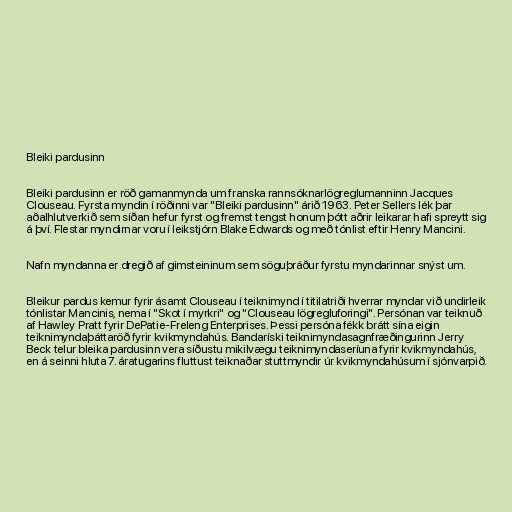
Bleiki pardusinn

Bleiki pardusinn er röð gamanmynda um franska rannsóknarlögreglumanninn Jacques
Clouseau. Fyrsta myndin í röðinni var "Bleiki pardusinn" árið 1963. Peter Sellers lék þar
aðalhlutverkið sem síðan hefur fyrst og fremst tengst honum þótt aðrir leikarar hafi spreytt sig
á því. Flestar myndirnar voru í leikstjórn Blake Edwards og með tónlist eftir Henry Mancini.

Nafn myndanna er dregið af gimsteininum sem söguþráður fyrstu myndarinnar snýst um.

Bleikur pardus kemur fyrir ásamt Clouseau í teiknimynd í titilatriði hverrar myndar við undirleik
tónlistar Mancinis, nema í "Skot í myrkri" og "Clouseau lögregluforingi". Persónan var teiknuð
af Hawley Pratt fyrir DePatie-Freleng Enterprises. Þessi persóna fékk brátt sína eigin
teiknimyndaþáttaröð fyrir kvikmyndahús. Bandaríski teiknimyndasagnfræðingurinn Jerry
Beck telur bleika pardusinn vera síðustu mikilvægu teiknimyndaseríuna fyrir kvikmyndahús,
en á seinni hluta 7. áratugarins fluttust teiknaðar stuttmyndir úr kvikmyndahúsum í sjónvarpið.